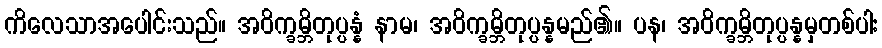
ကိလေသာအပေါင်းသည်။ အဝိက္ခမ္ဘိတုပ္ပန္နံ နာမ၊ အဝိက္ခမ္ဘိတုပ္ပန္နမည်၏။ ပန၊ အဝိက္ခမ္ဘိတုပ္ပန္နမှတစ်ပါး